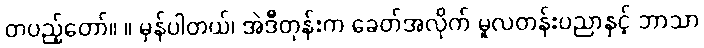
တပည့်တော်။ ။ မှန်ပါတယ်၊ အဲဒီတုန်းက ခေတ်အလိုက် မူလတန်းပညာနှင့် ဘာသာ